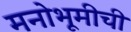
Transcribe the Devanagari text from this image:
मनोभूमीची